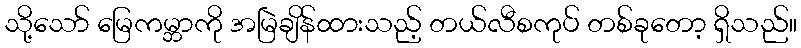
သို့သော် မြေကမ္ဘာကို အမြဲချိန်ထားသည့် တယ်လီစကုပ် တစ်ခုတော့ ရှိသည်။